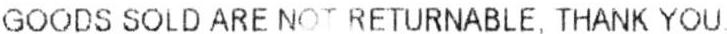
GOODS SOLD ARE NOTRETURNABLE. THANK YOU